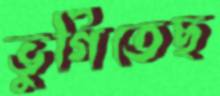
ভুগিতেছ